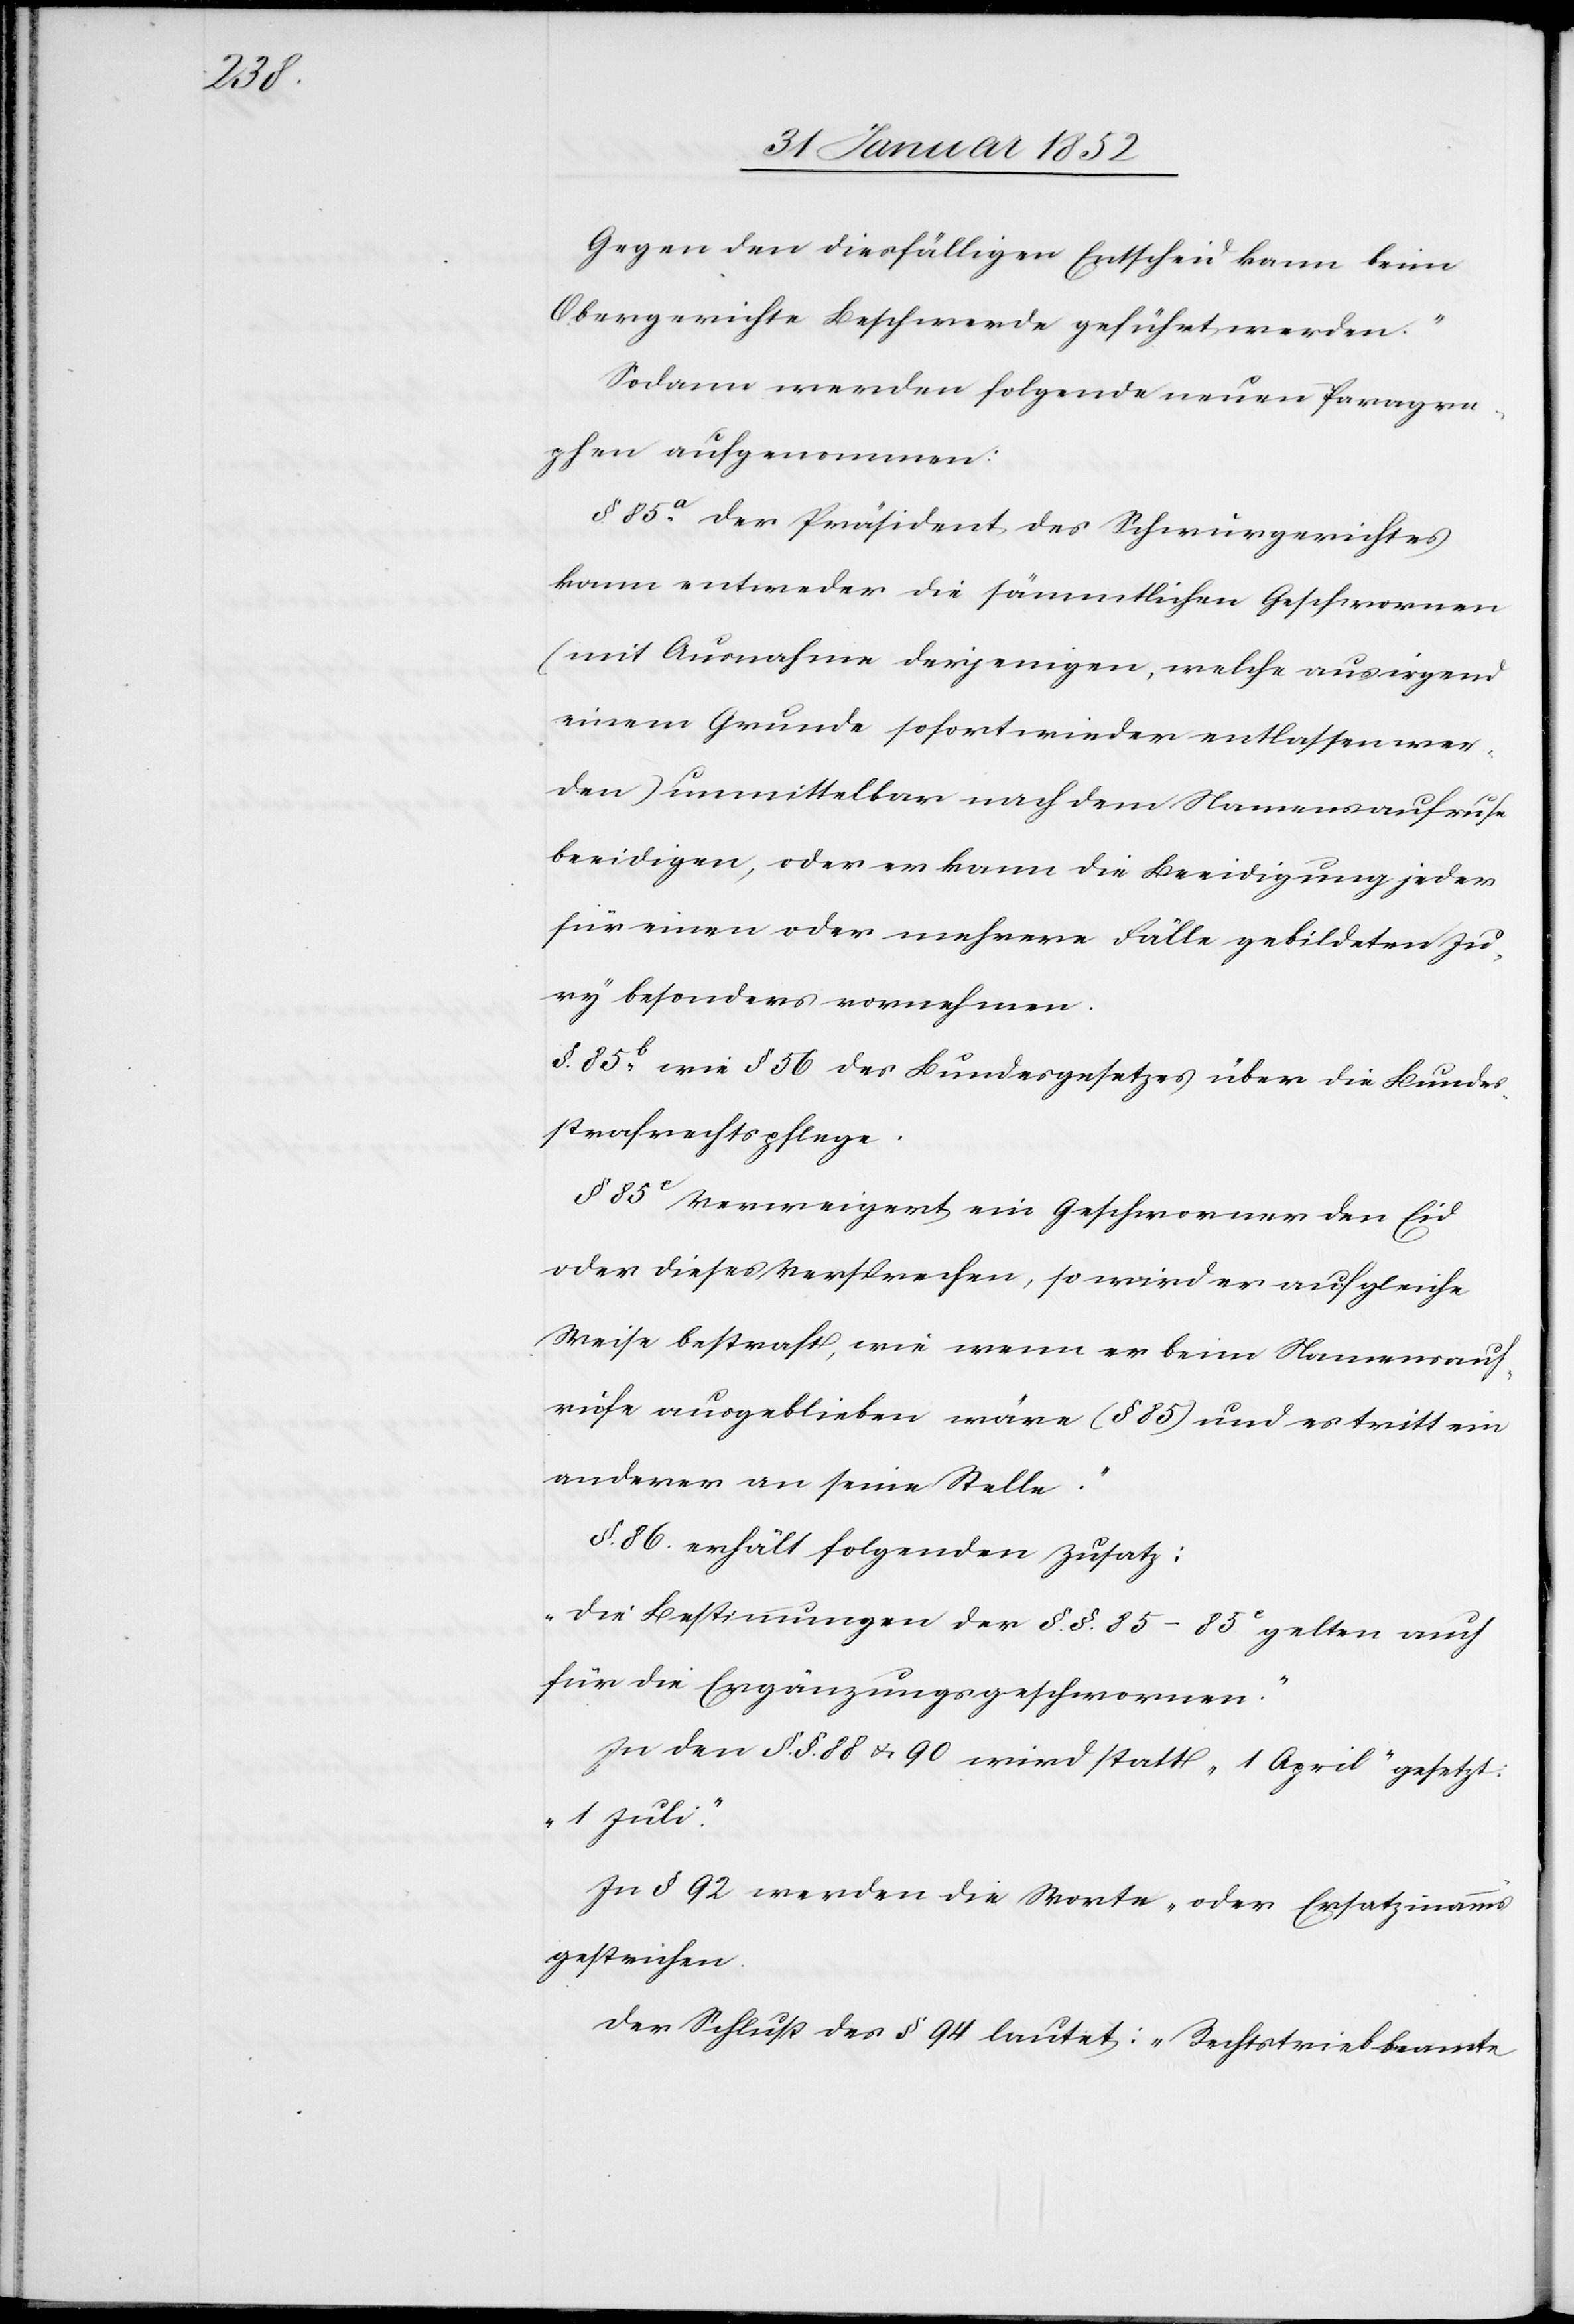
Gegen den diesfälligen Entscheid kann beim
Obergerichte Beschwerde geführt werden.“
Sodann werden folgende neuen Paragra¬
phen aufgenommen:
§. 85a Der Präsident des Schwurgerichtes
kann entweder die sämmtlichen Geschwornen
(mit Ausnahme derjenigen, welche aus irgend
einem Grunde sofort wieder entlassen wer¬
den) unmittelbar nach dem Namensaufrufe
beeidigen, oder er kann die Beeidigung jeder
für einen oder mehrere Fälle gebildeten Ju¬
ry besonders vornehmen.
§. 85b wie § 56 des Bundesgesetzes über die Bundes¬
strafrechtspflege.
§ 85c Verweigert ein Geschworner den Eid
oder dieses Versprechen, so wird er auf gleiche
Weise bestraft, wie wenn er beim Namensauf¬
rufe ausgeblieben wäre (§ 85) und es tritt ein
anderer an seine Stelle.“
§. 86 erhält folgenden Zusatz:
„Die Bestimmungen der §.§. 85–85c gelten auch
für die Ergänzungsgeschwornen.“
In den §.§. 88 u. 90 wird statt „1 April“ gesetzt:
„1 Juli.“
In § 92 werden die Worte „oder Ersatzmanns“
gestrichen.
Der Schluß des § 94 lautet: „Rechtstriebbeamte